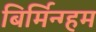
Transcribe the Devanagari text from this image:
बिर्मिन्ग्हम